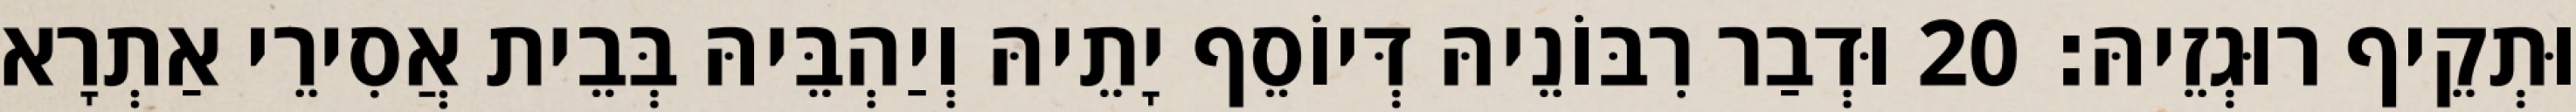
וּתְקֵיף רוּגְזֵיהּ׃ 20 וּדְבַר רִבּוֹנֵיהּ דְּיוֹסֵף יָתֵיהּ וְיַהְבֵּיהּ בְּבֵית אֲסִירֵי אַתְרָא